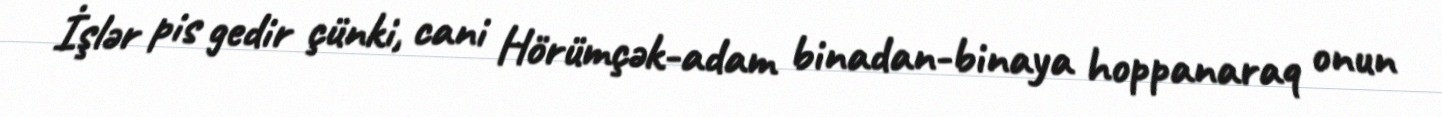
İşlər pis gedir çünki, cani Hörümçək-adam binadan-binaya hoppanaraq onun